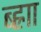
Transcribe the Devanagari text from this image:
ब्ह्राा